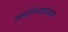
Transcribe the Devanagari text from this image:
फ्लोरेन्सवरुन